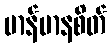
မာန်မာနစိတ်